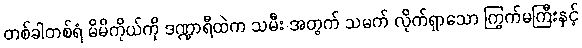
တစ်ခါတစ်ရံ မိမိကိုယ်ကို ဒဏ္ဍာရီထဲက သမီး အတွက် သမက် လိုက်ရှာသော ကြွက်မကြီးနှင့်